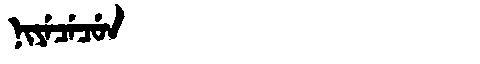
Manchu: ᠨᡳᠶᡝᠴᡝᠴᡠᠨ
Romanization: NIYECECUN